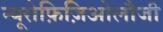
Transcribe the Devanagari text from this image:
न्यूरोफ़िज़िओलौजी